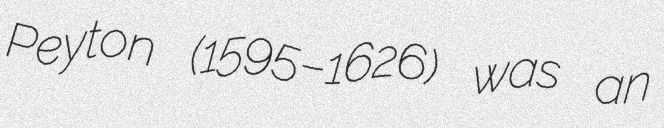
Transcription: Peyton (1595–1626) was an